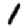
Digit: 1